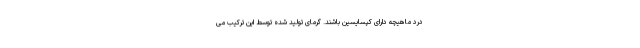
درد ماهیچه دارای کپسایسین باشند. گرمای تولید شده توسط این ترکیب می